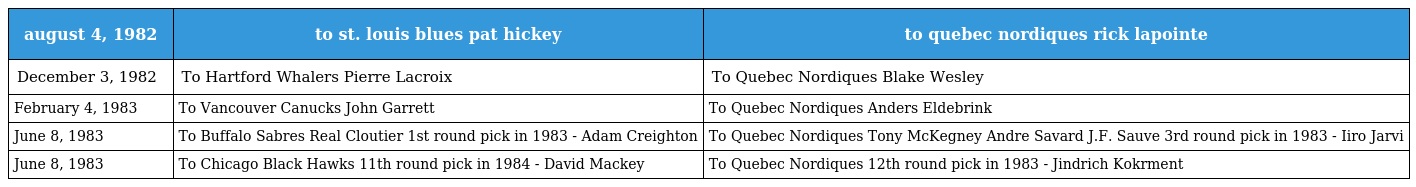
| august 4, 1982 | to st. louis blues pat hickey | to quebec nordiques rick lapointe |
 | --- | --- | --- |
 | December 3, 1982 | To Hartford Whalers Pierre Lacroix | To Quebec Nordiques Blake Wesley |
 | February 4, 1983 | To Vancouver Canucks John Garrett | To Quebec Nordiques Anders Eldebrink |
 | June 8, 1983 | To Buffalo Sabres Real Cloutier 1st round pick in 1983 - Adam Creighton | To Quebec Nordiques Tony McKegney Andre Savard J.F. Sauve 3rd round pick in 1983 - Iiro Jarvi |
 | June 8, 1983 | To Chicago Black Hawks 11th round pick in 1984 - David Mackey | To Quebec Nordiques 12th round pick in 1983 - Jindrich Kokrment |